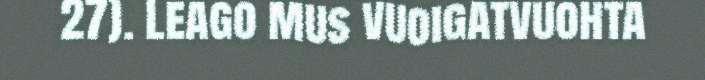
27). Leago mus vuoigatvuohta